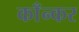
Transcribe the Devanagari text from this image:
काँन्कर